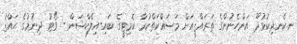
ނ.ކެނދިކުޅުދޫ އަންހެނުންގެ ތަރައްޤީއަށް މަސައްކަތްކުރާ ކޮމިޓީގެ ބައި-އިލެކްޝަން - ވޯޓު ދިނުމުގެ ޙައްޤު